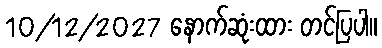
10/12/2027 နောက်ဆုံးထား တင်ပြပါ။